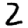
Digit: 2